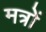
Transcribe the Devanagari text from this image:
मत्रों